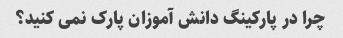
چرا در پارکینگ دانش آموزان پارک نمی کنید؟